Report on vaccination North-West Frontier Province 1904-1922 - 1904-1922
Year: 1904
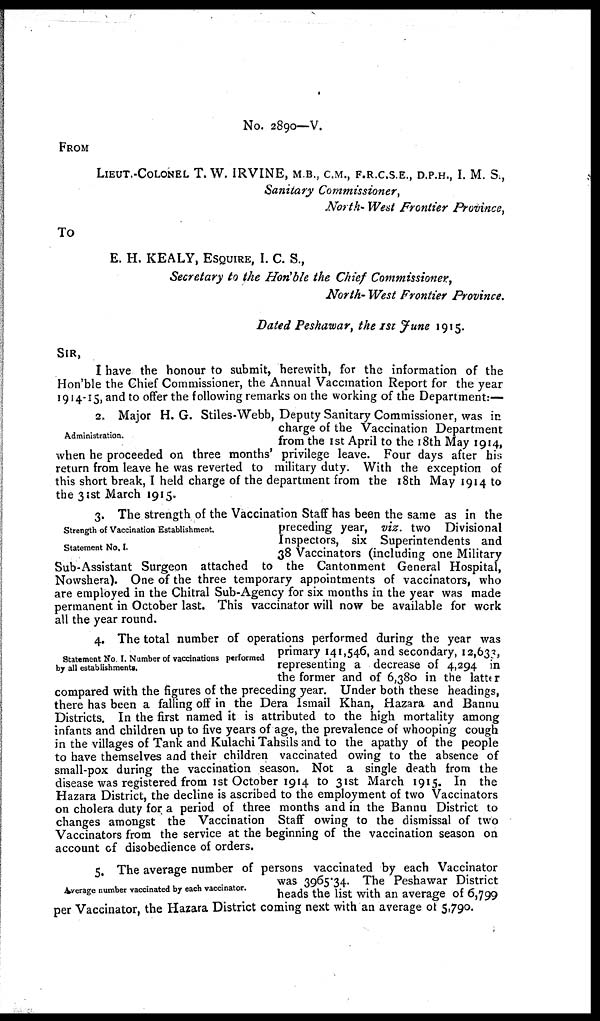
No. 2890—V.
FROM
LIEUT.-COLONEL T. W. IRVINE, M.B., C.M., F.R.C.S.E., D.P.H., I. M. S.,
Sanitary Commissioner,
North- West Frontier Province,
To
E. H. KEALY, ESQUIRE, I. C. S.,
Secretary to the Hon'ble the Chief Commissioner,
North- West Frontier Province.
Dated Peshawar, the 1st June 1915.
SIR,
I have the honour to submit, herewith, for the information of the
Hon'ble the Chief Commissioner, the Annual Vaccination Report for the year
1914-15,and to offer the following remarks on the working of the Department:—
Administration.
2. Major H. G. Stiles-Webb, Deputy Sanitary Commissioner, was in
charge of the Vaccination Department
from the 1st April to the 18th May 1914,
when he proceeded on three months' privilege leave. Four days after his
return from leave he was reverted to military duty. With the exception of
this short break, I held charge of the department from the 18th May 1914 to
the 31st March 1915.
Strength of Vaccination Establishment
Statement No. I.
3. The strength of the Vaccination Staff has been the same as in the
preceding year, viz. two Divisional
Inspectors, six Superintendents and
38 Vaccinators (including one Military
Sub-Assistant Surgeon attached to the Cantonment General Hospital,
Nowshera). One of the three temporary appointments of vaccinators, who
are employed in the Chitral Sub-Agency for six months in the year was made
permanent in October last. This vaccinator will now be available for work
all the year round.
Statement No I. Number of vaccinations performed
by all establishments.
4. The total number of operations performed during the year was
primary 141,546, and secondary, 12,633,
representing a decrease of 4,294 in
the former and of 6,380 in the latter
compared with the figures of the preceding year. Under both these headings,
there has been a falling off in the Dera Ismail Khan, Hazara and Bannu
Districts. In the first named it is attributed to the high mortality among
infants and children up to five years of age, the prevalence of whooping cough
in the villages of Tank and Kulachi Tahsils and to the apathy of the people
to have themselves and their children vaccinated owing to the absence of
small-pox during the vaccination season. Not a single death from the
disease was registered from 1st October 1914 to 31st March 1915. In the
Hazara District, the decline is ascribed to the employment of two Vaccinators
on cholera duty for a period of three months and in the Bannu District to
changes amongst the Vaccination Staff owing to the dismissal of two
Vaccinators from the service at the beginning of the vaccination season on
account of disobedience of orders.
Average number vaccinated by each vaccinator.
5. The average number of persons vaccinated by each Vaccinator
was 3965.34. The Peshawar District
heads the list with an average of 6,799
per Vaccinator, the Hazara District coming next with an average of 5,790.